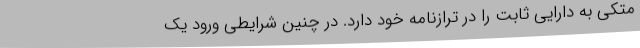
متکی به دارایی ثابت را در ترازنامه خود دارد. در چنین شرایطی ورود یک